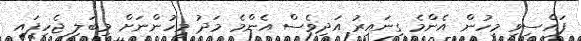
ފައްސިވި މީހުން އެންމެ ގިނައިރު އަދިވެސް އެންމެ މަދު މީހުންނަށް މިބަލި ޖެހިފައި